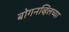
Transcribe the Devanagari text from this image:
बोगनव्हिलच्या